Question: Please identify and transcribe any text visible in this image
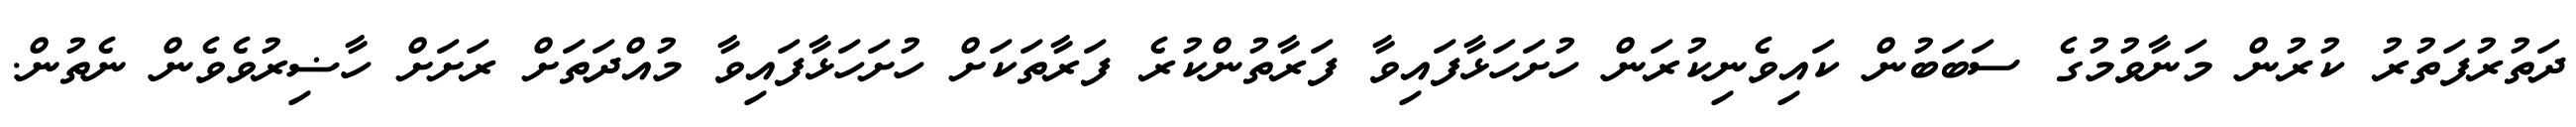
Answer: ދަތުރުފަތުރު ކުރުން މަނާވުމުގެ ސަބަބުން ކައިވެނިކުރަން ހުށަހަޅާފައިވާ ފަރާތުންކުރެ ފަރާތަކަށް ހުށަހަޅާފައިވާ މުއްދަތަށް ރަށަށް ހާޟިރުވެވެން ނެތުން.